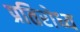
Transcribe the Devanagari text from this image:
प्रतिरोध्य